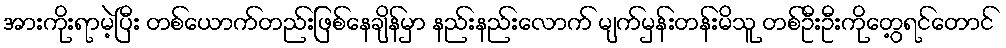
အားကိုးရာမဲ့ပြီး တစ်ယောက်တည်းဖြစ်နေချိန်မှာ နည်းနည်းလောက် မျက်မှန်းတန်းမိသူ တစ်ဦးဦးကိုတွေ့ရင်တောင်